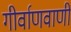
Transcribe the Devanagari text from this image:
गीर्वाणवाणी